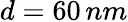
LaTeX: d=60\, nm